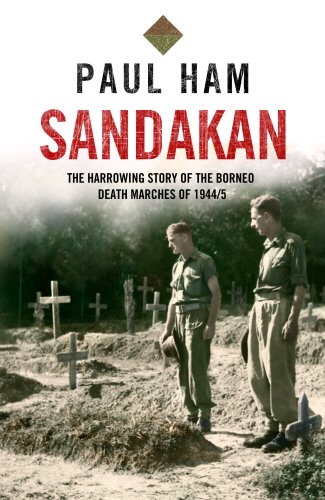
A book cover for Sandakan; Paul Ham; History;